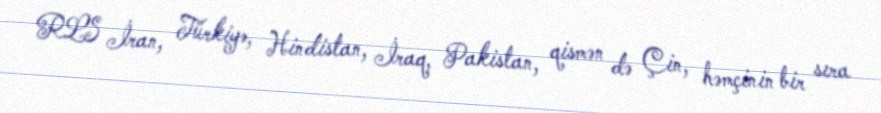
RLS İran, Türkiyə, Hindistan, İraq, Pakistan, qismən də Çin, həmçinin bir sıra